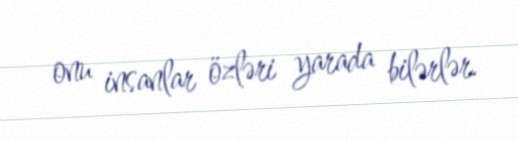
onu insanlar özləri yarada bilərlər.